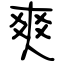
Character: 爽